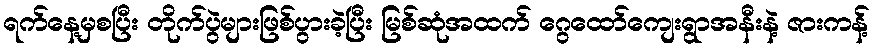
ရက်နေ့မှစပြီး တိုက်ပွဲများဖြစ်ပွားခဲ့ပြီး မြစ်ဆုံအထက် ဂွေထော်ကျေးရွာအနီးနဲ့ ဇားကန့်